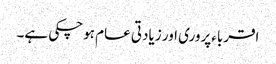
اقرباءپروری اور زیادتی عام ہوچکی ہے۔